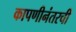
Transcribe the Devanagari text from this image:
कापणीनंतरची